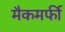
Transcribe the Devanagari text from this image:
मैकमर्फी